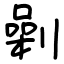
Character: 劋